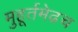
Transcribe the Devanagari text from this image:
मुहूर्तमेढच